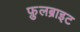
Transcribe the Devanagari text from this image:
फ़ुलब्राइट